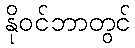
နိုဝင်ဘာတွင်